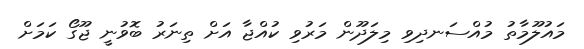
މައުލޫމާތު މުއްސަނދިވި މިލަދޫން މަރުވި ކުއްޖާ އަށް ތިނަރު ބޮވުނީ ޖޫގޯ ކަމަށް